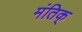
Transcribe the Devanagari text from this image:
मंतिक्‌